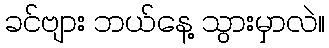
ခင်ဗျား ဘယ်နေ့ သွားမှာလဲ။